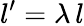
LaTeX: l^{\prime}=\lambda\, l